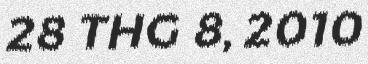
28 THG 8, 2010